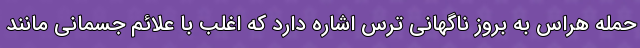
حمله هراس به بروز ناگهانی ترس اشاره دارد که اغلب با علائم جسمانی مانند